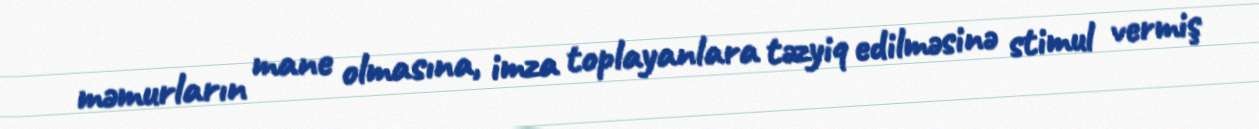
məmurların mane olmasına, imza toplayanlara təzyiq edilməsinə stimul vermiş